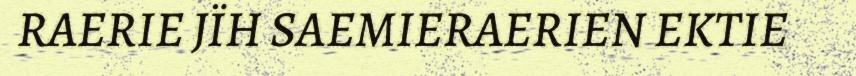
RAERIE JÏH SAEMIERAERIEN EKTIE